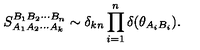
S _ { A _ { 1 } A _ { 2 } \cdots A _ { k } } ^ { B _ { 1 } B _ { 2 } \cdots B _ { n } } \sim \delta _ { k n } \prod _ { i = 1 } ^ { n } \delta ( \theta _ { A _ { i } B _ { i } } ) .